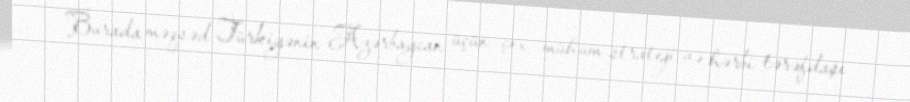
Burada məqsəd Türkiyənin Azərbaycan üçün çox mühüm strateji və hərbi tərəfdaşı